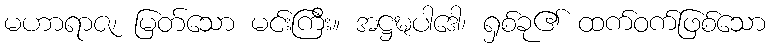
မဟာရာဇ၊ မြတ်သော မင်းကြီး။ အဋ္ဌဍ္ဎပါဒေါ၊ ရှစ်ခု၏ ထက်ဝက်ဖြစ်သော